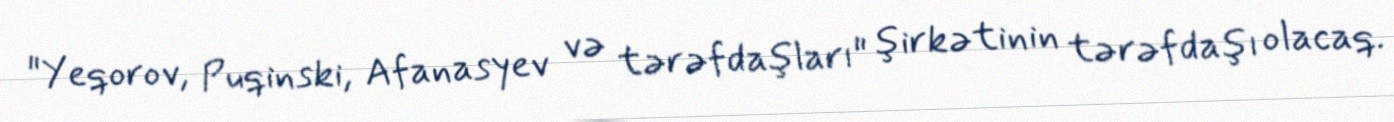
"Yeqorov, Puqinski, Afanasyev və tərəfdaşları" şirkətinin tərəfdaşı olacaq.